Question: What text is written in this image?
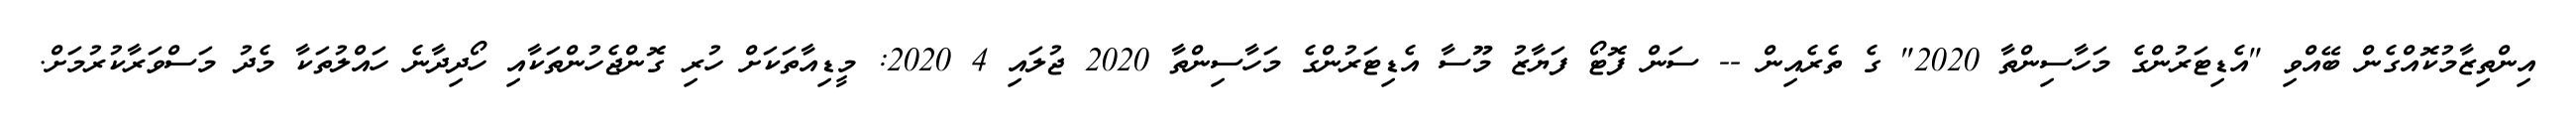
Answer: އިންތިޒާމުކޮއްގެން ބޭއްވި "އެޑިޓަރުންގެ މަހާސިންތާ 2020" ގެ ތެރެއިން -- ސަން ފޮޓޯ ފަޔާޒު މޫސާ އެޑިޓަރުންގެ މަހާސިންތާ 2020 ޖުލައި 4 2020: މީޑިއާތަކަށް ހުރި ގޮންޖެހުންތަކާއި ހޯދިދާނެ ހައްލުތަކާ މެދު މަސްވަރާކުރުމަށް.